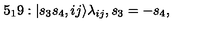
5 _ { 1 } 9 : | s _ { 3 } s _ { 4 } , i j \rangle \lambda _ { i j } , s _ { 3 } = - s _ { 4 } ,